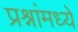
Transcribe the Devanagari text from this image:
प्रश्नांमध्ये